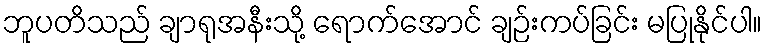
ဘူပတိသည် ချာရုအနီးသို့ ရောက်အောင် ချဉ်းကပ်ခြင်း မပြုနိုင်ပါ။